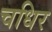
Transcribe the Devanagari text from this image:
चधिर